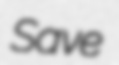
Save